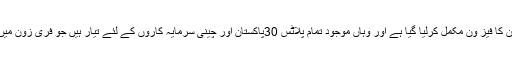
گوادر فری زون کا فیز ون مکمل کرلیا گیا ہے اور وہاں موجود تمام پلاٹس 30پاکستان اور چینی سرمایہ کاروں کے لئے تیار ہیں جو فری زون میں رجسٹرڈ ہیں ۔